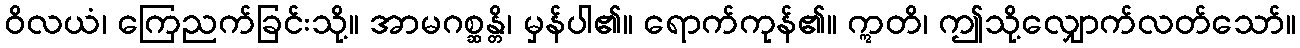
ဝိလယံ၊ ကြေညက်ခြင်းသို့။ အာမဂစ္ဆန္တိ၊ မှန်ပါ၏။ ရောက်ကုန်၏။ ဣတိ၊ ဤသို့လျှောက်လတ်သော်။